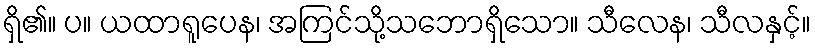
ရှိ၏။ ပ။ ယထာရူပေန၊ အကြင်သို့သဘောရှိသော။ သီလေန၊ သီလနှင့်။